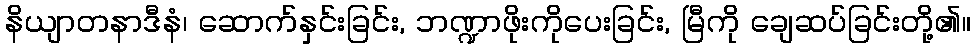
နိယျာတနာဒီနံ၊ ဆောက်နှင်းခြင်း, ဘဏ္ဍာဖိုးကိုပေးခြင်း, မြီကို ချေဆပ်ခြင်းတို့၏။